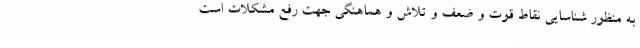
به منظور شناسایی نقاط قوت و ضعف و تلاش و هماهنگی جهت رفع مشکلات است